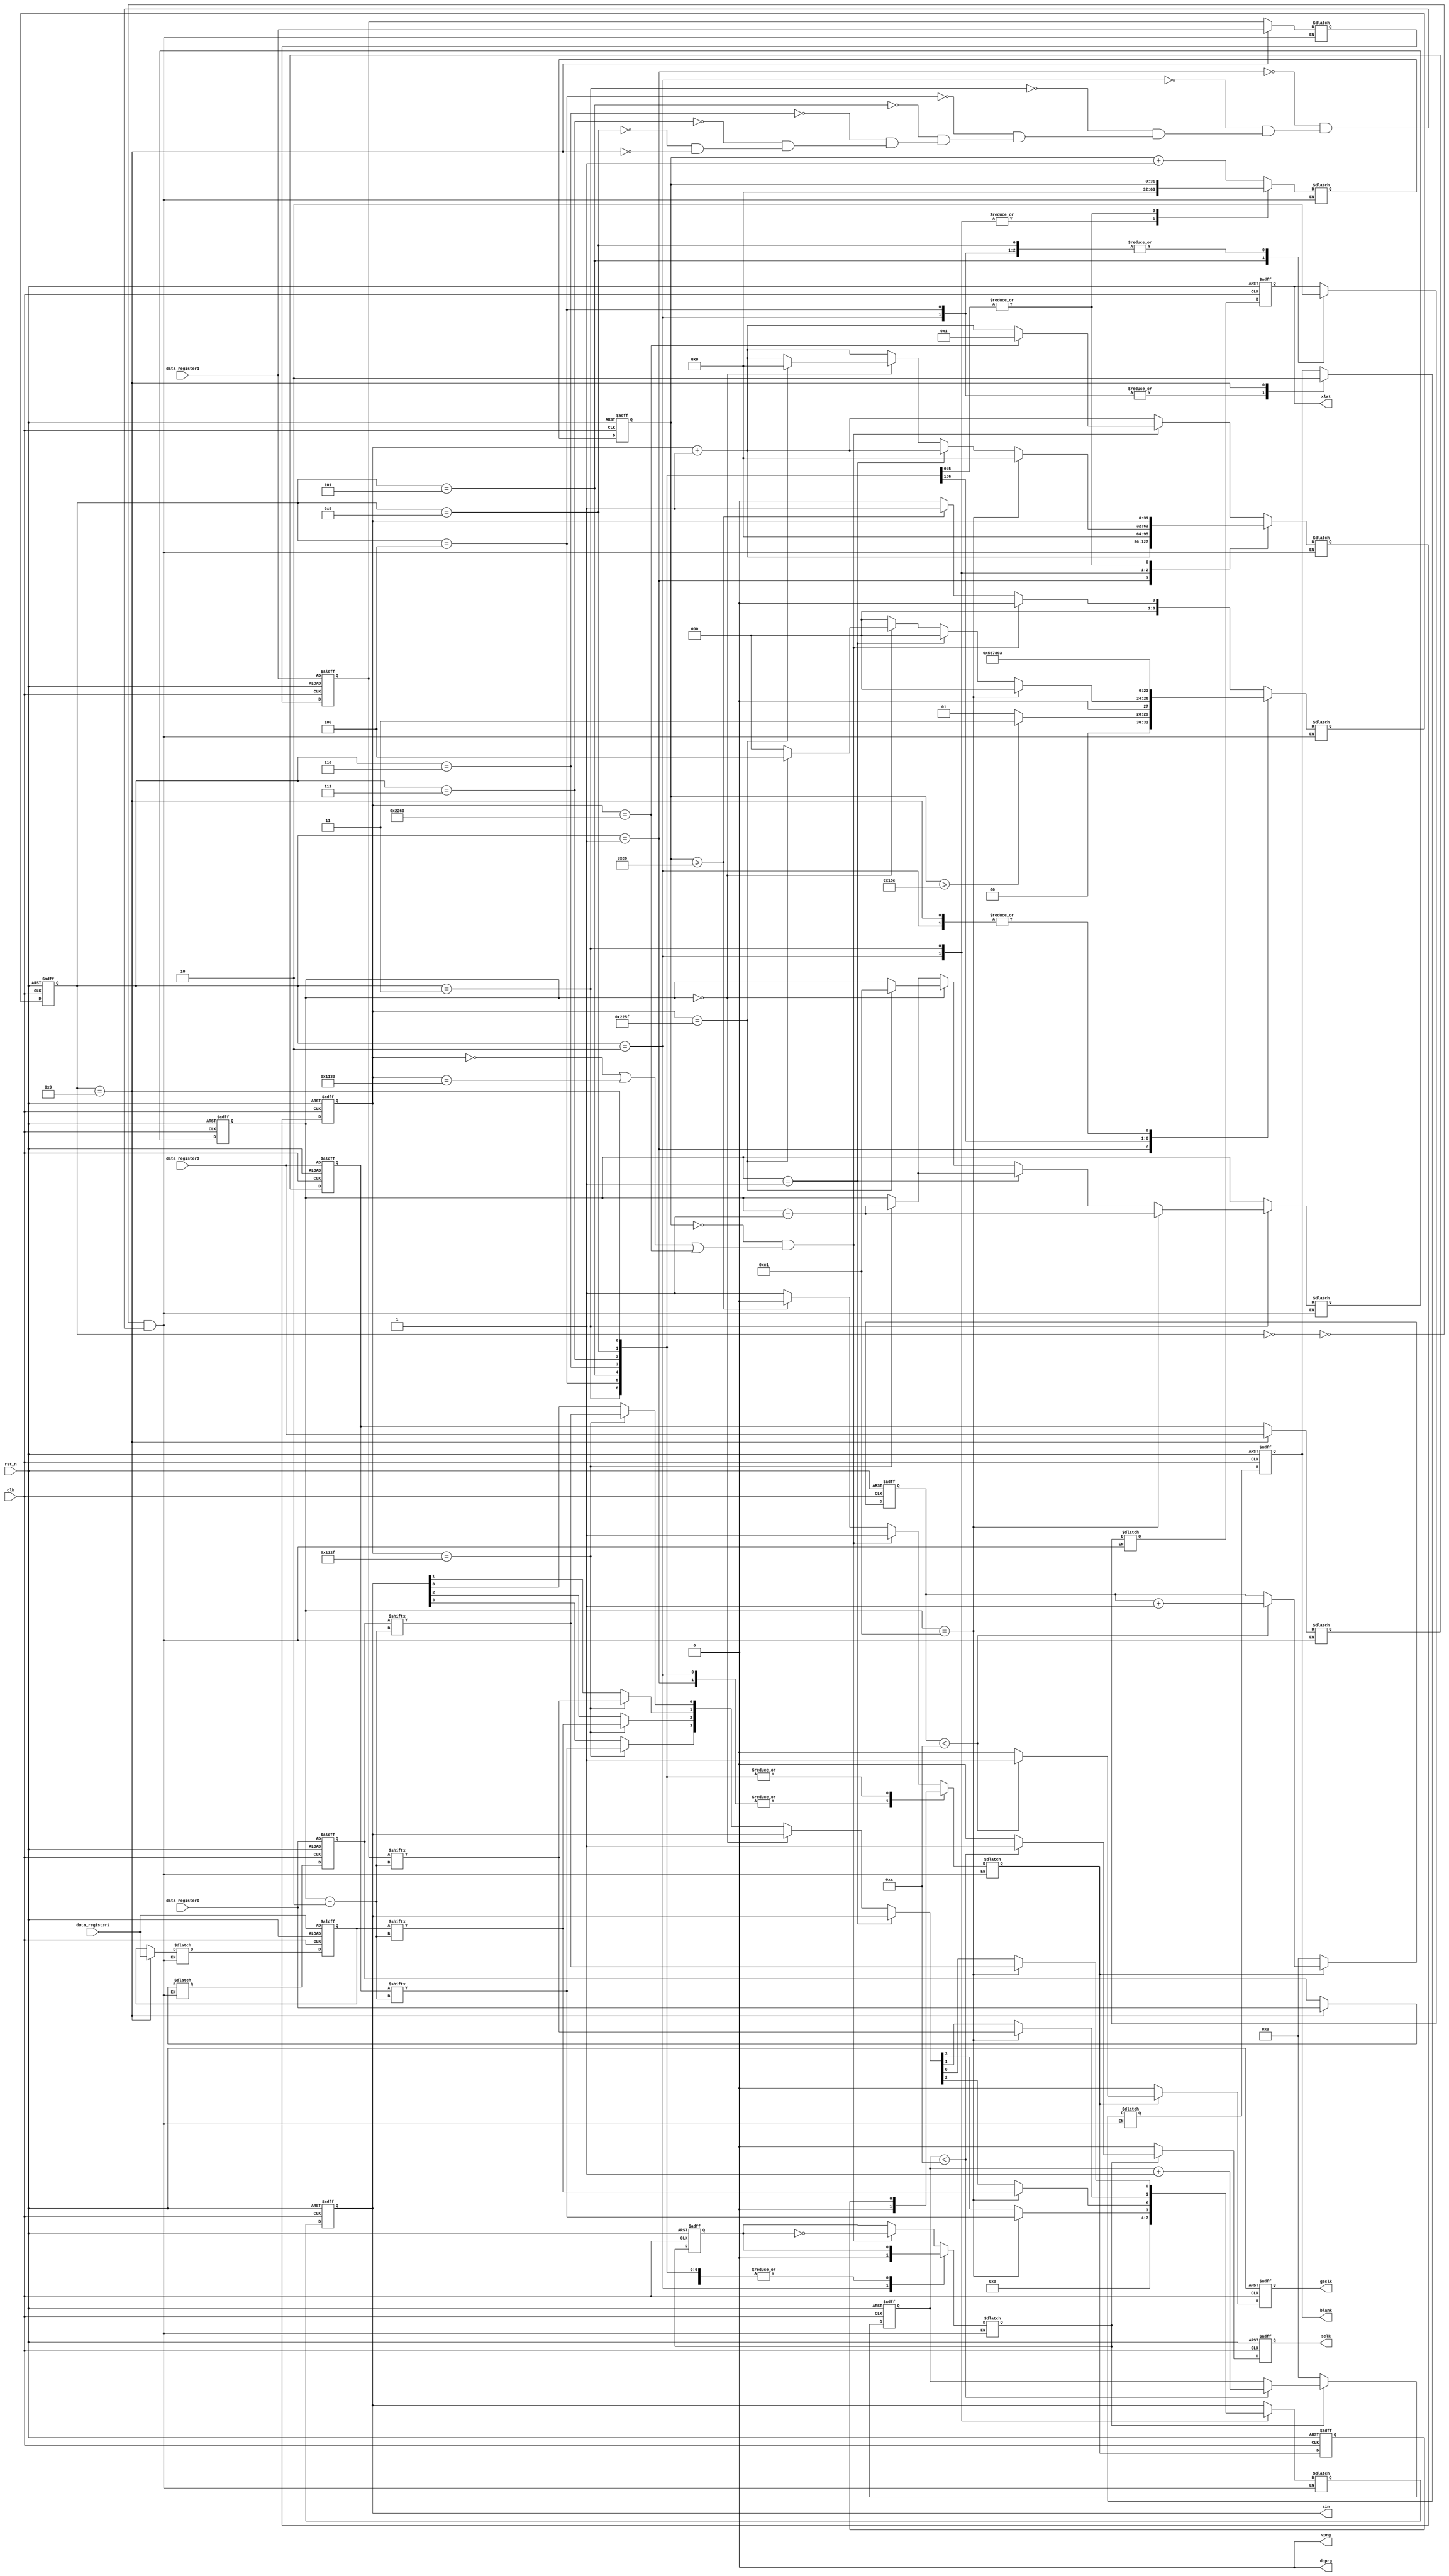
`timescale	1ns	/	1ps
//////////////////////////////////////////////////////////////////////////////////
//	Company: University of Wisconsin Madison - ECE 453 - Group 8
//	
//	Design	Name: TLC5940 Wrapper
//	Module	Name: tlc5940_wrap	
//	Project	Name: Beirut Table
//	Target	Devices:	
//	Tool	versions:	
//	Description:	
//
//	Dependencies:	
//
//	Revision:	
//	Revision	0.01	-	File	Created
//	Additional	Comments:	
//
//////////////////////////////////////////////////////////////////////////////////
module tlc5940_wrap_slow(
	input clk,
	input rst_n,
	input [193:2] data_register0,
	input [193:2] data_register1,
	input [193:2] data_register2,
	input [193:2] data_register3,
	output reg [3:0] sin,				//	Serial	input	to	the	TLC5940
	output reg xlat,						//	Latch	trigger	(level	sensitive	-	active	high)
	output reg blank,						//	Output	enable	(active	low)/GS	count	reset	(active	high)
	output dcprg,							//	H	for	DC	Register,	L	for	EEPROM
	output vprg,							//	H	for	Dot	correction,	L	for	Grayscale
	output reg gsclk,						//	Grayscale	clock	(MAX	30	MHz)
	output reg sclk						//	System	clock	(MAX	30	MHz)
	//output reg [3:0] serial_state,
	//output reg [15:0] sclk_count,				//	Counts	to	SCLK_PERIOD/2	for	falling	to	rising	edge,	or	vice	versa
	//output reg [7:0] gsclk_count			//	Counts	to	GSCLK_PERIOD/2
	);

	// State parameters
	parameter STATE_CLK_POS = 4'd0;		//	Positive edge of the produced gsclk
	parameter STATE_CLK_NEG = 4'd1;		// Negative edge of the produced gsclk
	parameter STATE_RST     = 4'd2;		//	Reset	State	(Outputs	disabled)
	parameter STATE_SEND_GS = 4'd3;		//	Put	a	serial	bit	on	the	s_in	line
	parameter STATE_XLAT0   = 4'd4;		//	Set	blank	to	high
	parameter STATE_XLAT1   = 4'd5;		//	Set	XLAT	to	high	and	blank	high
	parameter STATE_XLAT2   = 4'd6;		//	Keep	XLAT	high	and	blank	high
	parameter STATE_XLAT3   = 4'd7;		//	Keep	XLAT	high	and	blank	high	again
	parameter STATE_XLAT4   = 4'd8;		//	Lower	XLAT	but	keep	BLANK	high
	parameter STATE_XLAT5   = 4'd9;		//	Lower	Blank
	
	// Counting parameters
	parameter GS_BITS       = 8'd192;	//	Total	of	192	Grayscale	bits	are	sent
	parameter BLANK_WAIT    = 12'hFFF;	//	4096	PWM	count	until	blank	must	go	high	to	clear	count
	//parameter SCLK_PERIOD   = 13'd88;	//	88*10ns	=	880ns	sclk	clock	period	(~1.14	MHz)
	parameter SCLK_PERIOD   = 32'd8800;	//	4400*10ns	=	44us	sclk	clock	period	(~22.7 KHz) => (~118.4 Hz PWM)
	//parameter GSCLK_PERIOD  = 3'd4;		//	4*10ns	=	40ns	gsclk	clock	period	(~25	MHz)
	parameter GSCLK_PERIOD  = 32'd400;		//	200*10ns	=	2us	gsclk	clock	period	(~500	KHz) => (~ 122 Hz PWM)
	
	parameter GS_DUTY 		= 8'd10; // 10*10ns = 100ns on time (Duty cycle can not be more than 50%)
	parameter S_DUTY 		= 8'd10; // 10*10ns = 100ns on time (Duty cycle can not be more than 50%)
	
	// Next register for outputs
	reg [3:0] next_sin;
	reg next_xlat;
	reg next_blank;
	reg next_gsclk;
	reg next_sclk;

	// Constant signals
	assign dcprg = 1'b0;				// EEPROM not DC Register
	assign vprg = 1'b0;					// Grayscale not Dot Correction

	//	State	Registers
	reg	[3:0]	serial_state;			// State register for sending of serial data
	reg	[3:0]	next_serial_state;
	
	//	Count	Registers
	reg	[31:0]	sclk_count;				//	Counts	to	SCLK_PERIOD/2	for	falling	to	rising	edge,	or	vice	versa
	reg	[31:0]	next_sclk_count;
	reg	[31:0]	gsclk_count;			//	Counts	to	GSCLK_PERIOD/2
	reg	[31:0]	next_gsclk_count;
	reg	[7:0]	serial_data_count;
	reg	[7:0]	next_serial_data_count;
	
	reg sclk_orig;								// What would have been the clock if there wasn't duty cycle operations
	reg gsclk_orig;							// What would have been the clock if there wasn't duty cycle operations
	
	reg [193:2] latched_data0;
	reg [193:2] latched_data1;
	reg [193:2] latched_data2;
	reg [193:2] latched_data3;
	reg [193:2] next_latched_data0;
	reg [193:2] next_latched_data1;
	reg [193:2] next_latched_data2;
	reg [193:2] next_latched_data3;
	
	reg [7:0] next_gs_duty_count,  next_s_duty_count;
	reg [7:0] gs_duty_count, s_duty_count;
	reg next_gs_duty_clk, next_s_duty_clk;
	
	// Set duty cycle of clocks (Can't be more than 50% duty)
	always @(*) begin
		// GSCLK
		if (next_gsclk == 1'b1) begin
			if (gs_duty_count < GS_DUTY) begin
				next_gs_duty_count = gs_duty_count + 1;
				next_gs_duty_clk = next_gsclk;
			end
			else begin
				next_gs_duty_count = gs_duty_count;
				next_gs_duty_clk = 1'b0;
			end
		end
		else begin
			next_gs_duty_count = 0;
			next_gs_duty_clk = next_gsclk;
		end
		
		// SCLK
		if (next_sclk == 1'b1) begin
			if (s_duty_count < S_DUTY) begin
				next_s_duty_count = s_duty_count + 1;
				next_s_duty_clk = next_sclk;
			end
			else begin
				next_s_duty_count = s_duty_count;
				next_s_duty_clk = 1'b0;
			end
		end
		else begin
			next_s_duty_count = 0;
			next_s_duty_clk = next_sclk;
		end
	end
	
	// Assign duty variables
	always @(posedge clk, negedge rst_n) begin
		if (~rst_n) begin
			gs_duty_count <= 0;
			s_duty_count <= 0;
		end
		else begin
			gs_duty_count <= next_gs_duty_count;
			s_duty_count <= next_s_duty_count;
		end
	end
	
	// Assign next values
	always @(posedge clk, negedge rst_n) begin
		if (~rst_n)	begin
			// Outputs
			sin <= 4'b0;
			xlat <= 1'b0;
			blank <= 1'b1;				//	Disable	Outputs
			gsclk <= 1'b0;
			sclk <= 1'b0;
			sclk_orig <= 1'b0;
			gsclk_orig <= 1'b0;

			// Others
			serial_state      <= STATE_RST;
			sclk_count        <= 0;
			gsclk_count       <= 0;
			serial_data_count <= GS_BITS + 1; // Start at most significant bit
			latched_data0     <= data_register0;
			latched_data1     <= data_register1;
			latched_data2     <= data_register2;
			latched_data3     <= data_register3;
		end
		else begin
			// Outputs
			sin <= next_sin;
			xlat <= next_xlat;
			blank <= next_blank;
			gsclk <= next_gs_duty_clk;//next_gsclk;
			sclk <= next_s_duty_clk;//next_sclk;
			sclk_orig <= next_sclk;
			gsclk_orig <= next_gsclk;
			
			// Others
			serial_state <= next_serial_state;
			sclk_count <= next_sclk_count;
			gsclk_count <= next_gsclk_count;
			serial_data_count <= next_serial_data_count;
			latched_data0     <= next_latched_data0;
			latched_data1     <= next_latched_data1;
			latched_data2     <= next_latched_data2;
			latched_data3     <= next_latched_data3;
		end
	end
	
	always	@(*)	begin
		case	(serial_state)
			STATE_CLK_POS:	begin
				next_sin	=	sin;
				next_xlat	=	xlat;
				next_blank	=	blank;
				next_serial_data_count	=	serial_data_count;
				next_latched_data0 = latched_data0;
				next_latched_data1 = latched_data1;
				next_latched_data2 = latched_data2;
				next_latched_data3 = latched_data3;

				//	Make	decisions	about	the	sclk
				//	First	time	this	clock	pulse	is	starting	(currently	zero)
				if	(gsclk_count == 0 && (sclk_count == 0 || sclk_count == SCLK_PERIOD/2 || sclk_count == SCLK_PERIOD)) begin
					next_serial_state = STATE_CLK_POS;
					next_gsclk_count = gsclk_count + 1;
					next_gsclk = 1'b1;
					
					// Next edge of the sclk
					next_sclk = ~sclk_orig;
					if (sclk_count == SCLK_PERIOD) begin
						// Reset count if we've reached the end
						next_sclk_count = 1;
					end
					else begin
						// Continue counting if we are half way through
						next_sclk_count = sclk_count + 1;
					end
					
				end
				else if (gsclk_count >= GSCLK_PERIOD/2) begin
					// Clock count is currently at 2 or 3 (should be 2)
					// STATE_SEND_GS should handle the count when it is 3
					// Done with posedge
					next_serial_state = STATE_CLK_NEG;
					next_gsclk_count = gsclk_count + 1;
					next_gsclk = 1'b0;
					
					next_sclk = sclk_orig;
					next_sclk_count = sclk_count + 1;
				end
				else begin
					next_serial_state = STATE_CLK_POS;
					next_gsclk_count = gsclk_count + 1;
					next_gsclk = 1'b1;
					
					// Second count of posedge
					next_sclk = sclk_orig;
					next_sclk_count = sclk_count + 1;
				end
			end
			
			STATE_CLK_NEG: begin
				next_sin	=	sin;
				next_xlat	=	xlat;
				next_blank	=	blank;
				next_serial_data_count	=	serial_data_count;
				next_latched_data0 = latched_data0;
				next_latched_data1 = latched_data1;
				next_latched_data2 = latched_data2;
				next_latched_data3 = latched_data3;

				//	Make	decisions	about	the	sclk
				//	First	time	this	clock	pulse	is	starting	(currently	zero)
				if (gsclk_count >= GSCLK_PERIOD - 2) begin // Was GSCLK_PERIOD - 1
					// Done with posedge
					next_serial_state = STATE_SEND_GS;
					next_gsclk_count = gsclk_count + 1;
					next_gsclk = 1'b0;
					
					next_sclk = sclk_orig;
					next_sclk_count = sclk_count + 1;
				end
				else begin
					next_serial_state = STATE_CLK_NEG;
					next_gsclk_count = gsclk_count + 1;
					next_gsclk = 1'b0;
					
					// Second count of posedge
					next_sclk = sclk_orig;
					next_sclk_count = sclk_count + 1;
				end
			end
			
			STATE_RST:	begin
				next_sin	=	1'b0;
				next_xlat	=	1'b0;
				next_blank	=	1'b1; // Start by not displaying outputs
				next_gsclk	=	1'b0;
				next_sclk	=	1'b0;
				next_latched_data0 = latched_data0;
				next_latched_data1 = latched_data1;
				next_latched_data2 = latched_data2;
				next_latched_data3 = latched_data3;
				
				next_serial_state	=	STATE_SEND_GS;
				next_sclk_count	=	0;
				next_gsclk_count = 0;
				next_serial_data_count	=	serial_data_count;
			end
			
			STATE_SEND_GS:	begin
				//next_sin	=	sin;
				next_xlat	=	xlat;
				next_blank	=	blank;
				next_gsclk	=	gsclk_orig;
				next_sclk	=	sclk_orig;
				next_latched_data0 = latched_data0;
				next_latched_data1 = latched_data1;
				next_latched_data2 = latched_data2;
				next_latched_data3 = latched_data3;
				next_gsclk_count = 0;
				
				// If data count == 0 (we haven't sent any new data yet)
				// Need to do most significant bit first
				if (serial_data_count == GS_BITS + 1) begin // Was 0
					// No data sent yet
					next_serial_state = STATE_CLK_POS;
					next_serial_data_count = serial_data_count - 1; // Correct?
					next_sclk_count = 0;
					next_sin[0] = latched_data0[serial_data_count];
					next_sin[1] = latched_data1[serial_data_count];
					next_sin[2] = latched_data2[serial_data_count];
					next_sin[3] = latched_data3[serial_data_count];
				end
				else if (serial_data_count == 1) begin
					// Tell TLC5940 to shift in data
					// We have sent the entire 192 bits of data
					if (sclk_count == (SCLK_PERIOD/2 - 1)) begin
						next_serial_state = STATE_CLK_POS;
						next_serial_data_count = serial_data_count - 1;
						next_sclk_count = sclk_count + 1;
						next_sin = sin;
					end
					else begin
						next_serial_state = STATE_CLK_POS;
						next_serial_data_count = serial_data_count;
						next_sclk_count = sclk_count + 1;
						next_sin = sin;
					end
				end
				else if (serial_data_count == 0) begin
					if (sclk_count == (SCLK_PERIOD - 1)) begin
						// Right before a normal posedge
						// But instead pulse the xlat signal
						next_serial_state = STATE_XLAT0;
						next_serial_data_count = GS_BITS + 1; // Start with MSB
						next_sclk_count = 0;
						next_sin = sin;
						//next_sclk = 1'b0;
					end
					else begin
						next_serial_state = STATE_CLK_POS;
						next_serial_data_count = serial_data_count;
						next_sclk_count = sclk_count + 1;
						next_sin = sin;
					end
				end
				else begin
					// In between data bits, but still counting GS clocks
					if (sclk_count == (SCLK_PERIOD/2 - 1)) begin // XXX: Does this have to be exact/precise? // Could be changed to S/2 + 5 or something
						// Put next data bit on the line
						next_serial_state = STATE_CLK_POS;
						next_serial_data_count = serial_data_count - 1;
						next_sclk_count = sclk_count + 1;
						next_sin[0] = latched_data0[serial_data_count];
						next_sin[1] = latched_data1[serial_data_count];
						next_sin[2] = latched_data2[serial_data_count];
						next_sin[3] = latched_data3[serial_data_count];
					end
					else begin
						next_serial_state = STATE_CLK_POS;
						next_serial_data_count = serial_data_count;
						next_sclk_count = sclk_count + 1;
						next_sin = sin;
					end
				end
			end
				
			STATE_XLAT0:	begin
				next_sin	=	sin;
				//next_xlat	=	xlat;
				//next_blank	=	blank;
				next_gsclk	=	gsclk_orig;
				next_sclk	=	sclk_orig;
				//next_serial_state	=	STATE_SEND_GS;
				next_sclk_count	=	sclk_count;
				next_serial_data_count	=	serial_data_count;
				next_gsclk_count	=	gsclk_count;
				next_latched_data0 = latched_data0;
				next_latched_data1 = latched_data1;
				next_latched_data2 = latched_data2;
				next_latched_data3 = latched_data3;
			
				next_blank	=	1'b1;
				next_xlat	=	1'b0;
				next_serial_state	=	STATE_XLAT1;
			end
			
			STATE_XLAT1:	begin
				next_sin	=	sin;
				//next_xlat	=	xlat;
				//next_blank	=	blank;
				next_gsclk	=	gsclk_orig;
				next_sclk	=	sclk_orig;
				//next_serial_state	=	STATE_SEND_GS;
				next_sclk_count	=	sclk_count;
				next_serial_data_count	=	serial_data_count;
				next_gsclk_count	=	gsclk_count;
				next_latched_data0 = latched_data0;
				next_latched_data1 = latched_data1;
				next_latched_data2 = latched_data2;
				next_latched_data3 = latched_data3;
			
				next_blank	=	blank;
				next_xlat	=	1'b1;
				next_serial_state	=	STATE_XLAT2;
			end
			
			STATE_XLAT2:	begin
				next_sin	=	sin;
				//next_xlat	=	xlat;
				//next_blank	=	blank;
				next_gsclk	=	gsclk_orig;
				next_sclk	=	sclk_orig;
				//next_serial_state	=	STATE_SEND_GS;
				next_sclk_count	=	sclk_count;
				next_serial_data_count	=	serial_data_count;
				next_gsclk_count	=	gsclk_count;
				next_latched_data0 = latched_data0;
				next_latched_data1 = latched_data1;
				next_latched_data2 = latched_data2;
				next_latched_data3 = latched_data3;
				
				next_blank	=	blank;
				next_xlat	=	xlat;
				next_serial_state	=	STATE_XLAT3;
			end
			
			STATE_XLAT3:	begin
				next_sin	=	sin;
				//next_xlat	=	xlat;
				//next_blank	=	blank;
				next_gsclk	=	gsclk_orig;
				next_sclk	=	sclk_orig;
				//next_serial_state	=	STATE_SEND_GS;
				next_sclk_count	=	sclk_count;
				next_serial_data_count	=	serial_data_count;
				next_gsclk_count	=	gsclk_count;
				next_latched_data0 = latched_data0;
				next_latched_data1 = latched_data1;
				next_latched_data2 = latched_data2;
				next_latched_data3 = latched_data3;
				
				next_blank	=	blank;
				next_xlat	=	xlat;
				next_serial_state	=	STATE_XLAT4;
			end
			
			STATE_XLAT4:	begin
				next_sin	=	sin;
				//next_xlat	=	xlat;
				//next_blank	=	blank;
				next_gsclk	=	gsclk_orig;
				next_sclk	=	sclk_orig;
				//next_serial_state	=	STATE_SEND_GS;
				next_sclk_count	=	sclk_count;
				next_serial_data_count	=	serial_data_count;
				next_gsclk_count	=	gsclk_count;
				next_latched_data0 = latched_data0;
				next_latched_data1 = latched_data1;
				next_latched_data2 = latched_data2;
				next_latched_data3 = latched_data3;
				
				next_blank	=	blank;
				next_xlat	=	1'b0;
				next_serial_state	=	STATE_XLAT5;
			end
			
			STATE_XLAT5:	begin
				next_sin	=	sin;
				//next_xlat	=	xlat;
				//next_blank	=	blank;
				next_gsclk	=	gsclk_orig;
				next_sclk	=	sclk_orig;
				//next_serial_state	=	STATE_SEND_GS;
				next_sclk_count	=	sclk_count;
				next_serial_data_count	=	serial_data_count;
				next_gsclk_count	=	gsclk_count;
				next_latched_data0 = data_register0;
				next_latched_data1 = data_register1;
				next_latched_data2 = data_register2;
				next_latched_data3 = data_register3;
				
				next_blank	=	1'b0;
				next_xlat	=	xlat;
				next_serial_state	=	STATE_SEND_GS;
			end
		endcase
	end

endmodule